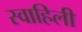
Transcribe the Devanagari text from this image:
स्‍वाहिली